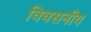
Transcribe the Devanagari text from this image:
विवसनीय